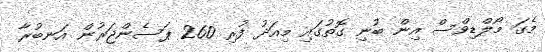
މެގަ މޯލްޑިވްސް އިން ބުނި ގޮތުގައި މިއަދު ފުރި 260 ޕަސެންޖަރުން އަނބުރާ